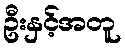
ဦးနှင့်အတူ